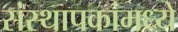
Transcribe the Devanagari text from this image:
संस्थापकांमध्ये